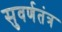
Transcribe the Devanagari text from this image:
सुवर्णतंत्र